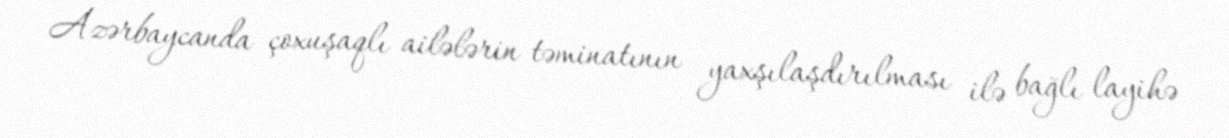
Azərbaycanda çoxuşaqlı ailələrin təminatının yaxşılaşdırılması ilə bağlı layihə